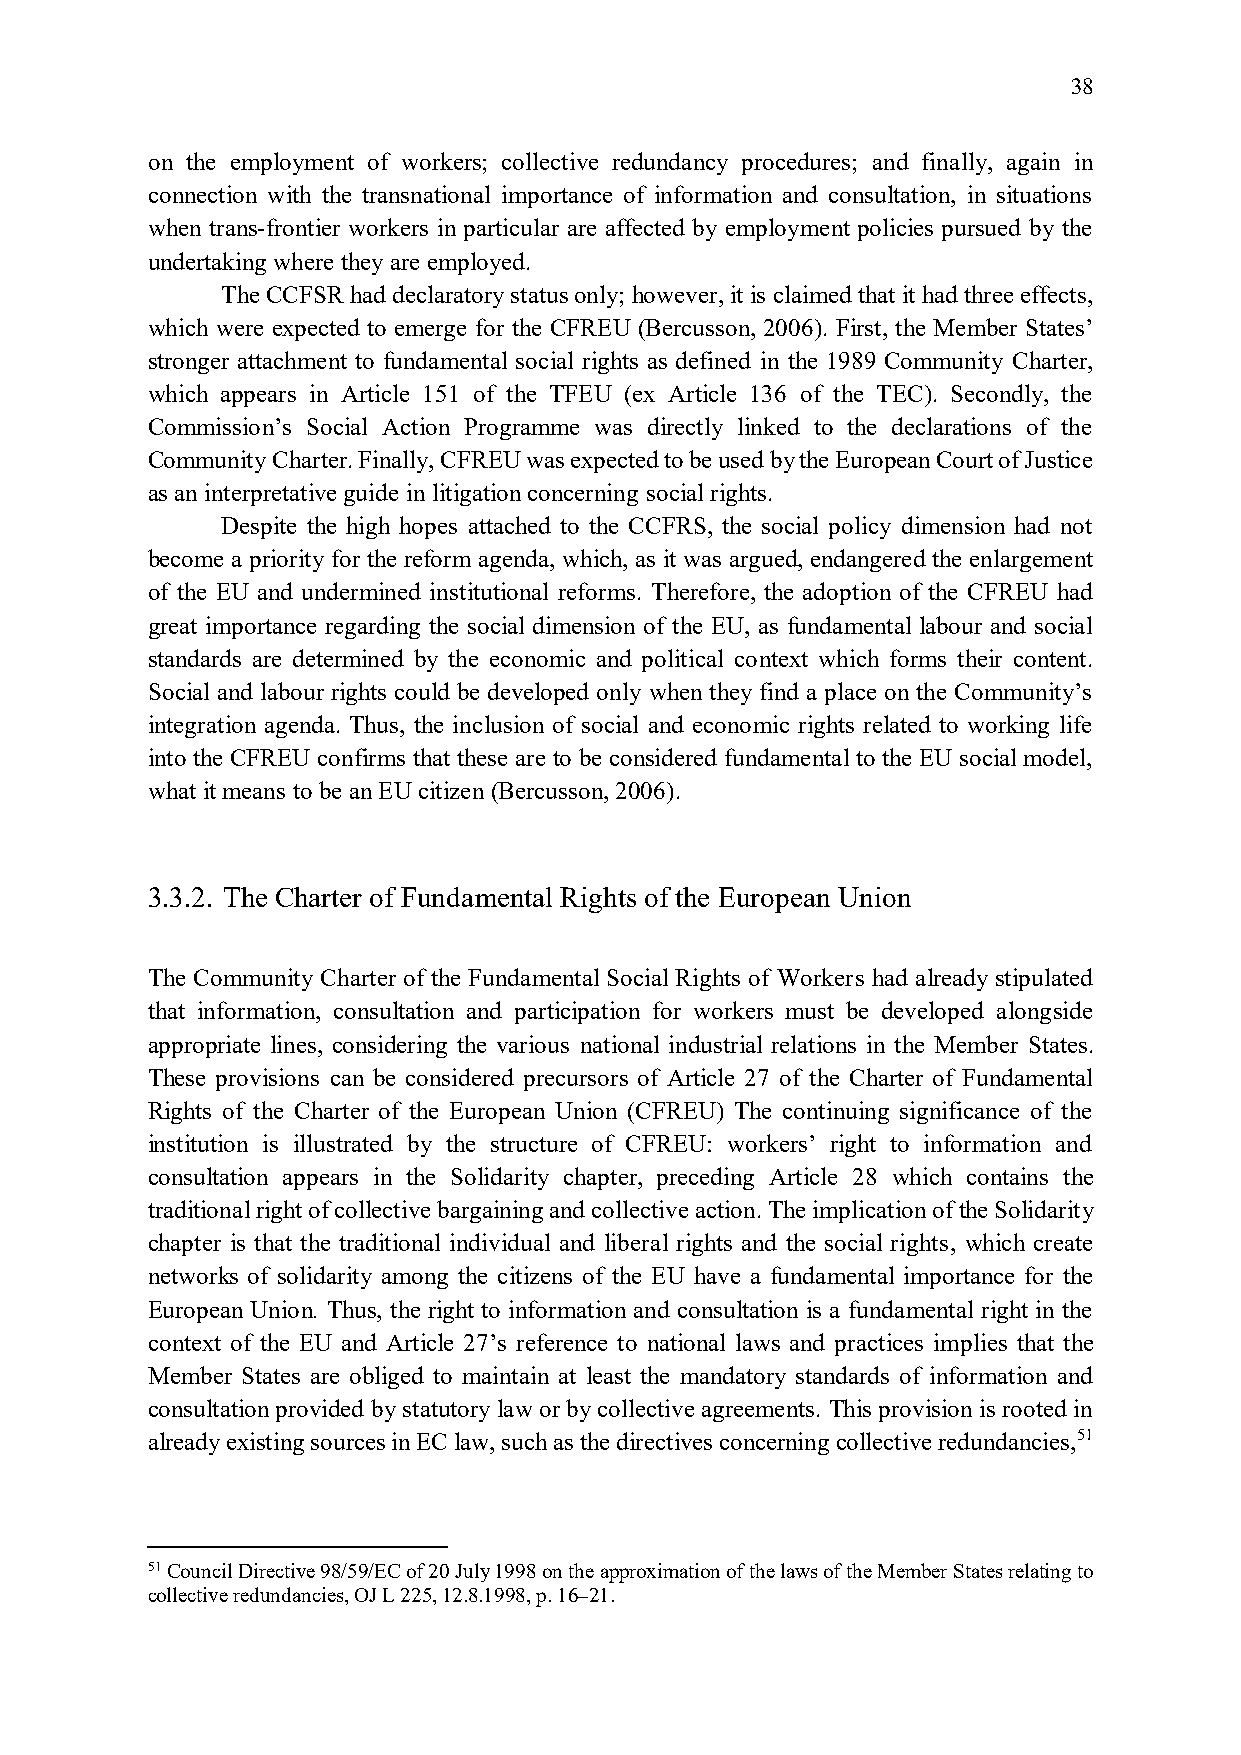
38
 on the employment of workers; collective redundancy procedures; and finally, again in
 connection with the transnational importance of information and consultation, in situations
 when trans-frontier workers in particular are affected by employment policies pursued by the
 undertaking where they are employed.
 The CCFSR had declaratory status only; however, it is claimed that it had three effects,
 which were expected to emerge for the CFREU (Bercusson, 2006). First, the Member States’
 stronger attachment to fundamental social rights as defined in the 1989 Community Charter,
 which appears in Article 151 of the TFEU (ex Article 136 of the TEC). Secondly, the
 Commission’s Social Action Programme was directly linked to the declarations of the
 Community Charter. Finally, CFREU was expected to be used by the European Court of Justice
 as an interpretative guide in litigation concerning social rights.
 Despite the high hopes attached to the CCFRS, the social policy dimension had not
 become a priority for the reform agenda, which, as it was argued, endangered the enlargement
 of the EU and undermined institutional reforms. Therefore, the adoption of the CFREU had
 great importance regarding the social dimension of the EU, as fundamental labour and social
 standards are determined by the economic and political context which forms their content.
 Social and labour rights could be developed only when they find a place on the Community’s
 integration agenda. Thus, the inclusion of social and economic rights related to working life
 into the CFREU confirms that these are to be considered fundamental to the EU social model,
 what it means to be an EU citizen (Bercusson, 2006).
 3.3.2. The Charter of Fundamental Rights of the European Union
 The Community Charter of the Fundamental Social Rights of Workers had already stipulated
 that information, consultation and participation for workers must be developed alongside
 appropriate lines, considering the various national industrial relations in the Member States.
 These provisions can be considered precursors of Article 27 of the Charter of Fundamental
 Rights of the Charter of the European Union (CFREU) The continuing significance of the
 institution is illustrated by the structure of CFREU: workers’ right to information and
 consultation appears in the Solidarity chapter, preceding Article 28 which contains the
 traditional right of collective bargaining and collective action. The implication of the Solidarity
 chapter is that the traditional individual and liberal rights and the social rights, which create
 networks of solidarity among the citizens of the EU have a fundamental importance for the
 European Union. Thus, the right to information and consultation is a fundamental right in the
 context of the EU and Article 27’s reference to national laws and practices implies that the
 Member States are obliged to maintain at least the mandatory standards of information and
 consultation provided by statutory law or by collective agreements. This provision is rooted in
 already existing sources in EC law, such as the directives concerning collective redundancies,51
 51 Council Directive 98/59/EC of 20 July 1998 on the approximation of the laws of the Member States relating to
 collective redundancies, OJ L 225, 12.8.1998, p. 16–21.